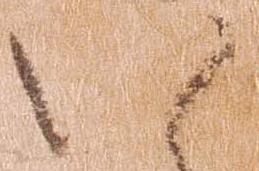
い